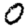
Digit: 0